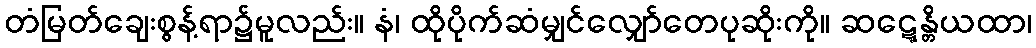
တံမြတ်ချေးစွန့်ရာ၌မူလည်း။ နံ၊ ထိုပိုက်ဆံမျှင်လျှော်တေပုဆိုးကို။ ဆဋ္ဋေန္တိယထာ၊